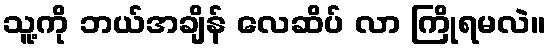
သူ့ကို ဘယ်အချိန် လေဆိပ် လာ ကြိုရမလဲ။